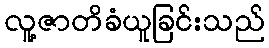
လူ့ဇာတိခံယူခြင်းသည်